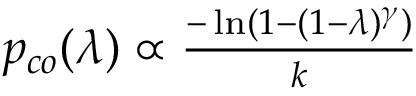
\begin{array} { r } { p _ { c o } ( \lambda ) \propto \frac { - \ln ( 1 - ( 1 - \lambda ) ^ { \gamma } ) } { k } } \end{array}